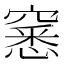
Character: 窸